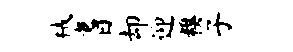
械耆却迎糗子